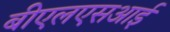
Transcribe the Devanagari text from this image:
बीएलएसआई